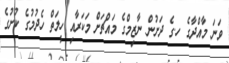
ވަނަ މާއްދާގެ ހ.ގެ ދަށުން ނާޒިމްގެ މައްޗަށް މަކަރާއި ހީލަތް ހެދުމުގެ ކުށުގެ